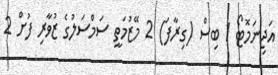
އަޖިނަމޮޓޯ 1 ބިސް (ގިރާފަ) 2 މޭޒުމަތީ ސަމްސަލުގެ ޒުވާރި ފުށް 2